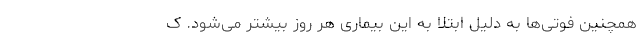
همچنین فوتی‌ها به دلیل ابتلا به این بیماری هر روز بیشتر می‌شود. ک